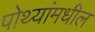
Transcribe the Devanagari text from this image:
पोथ्यांमधील